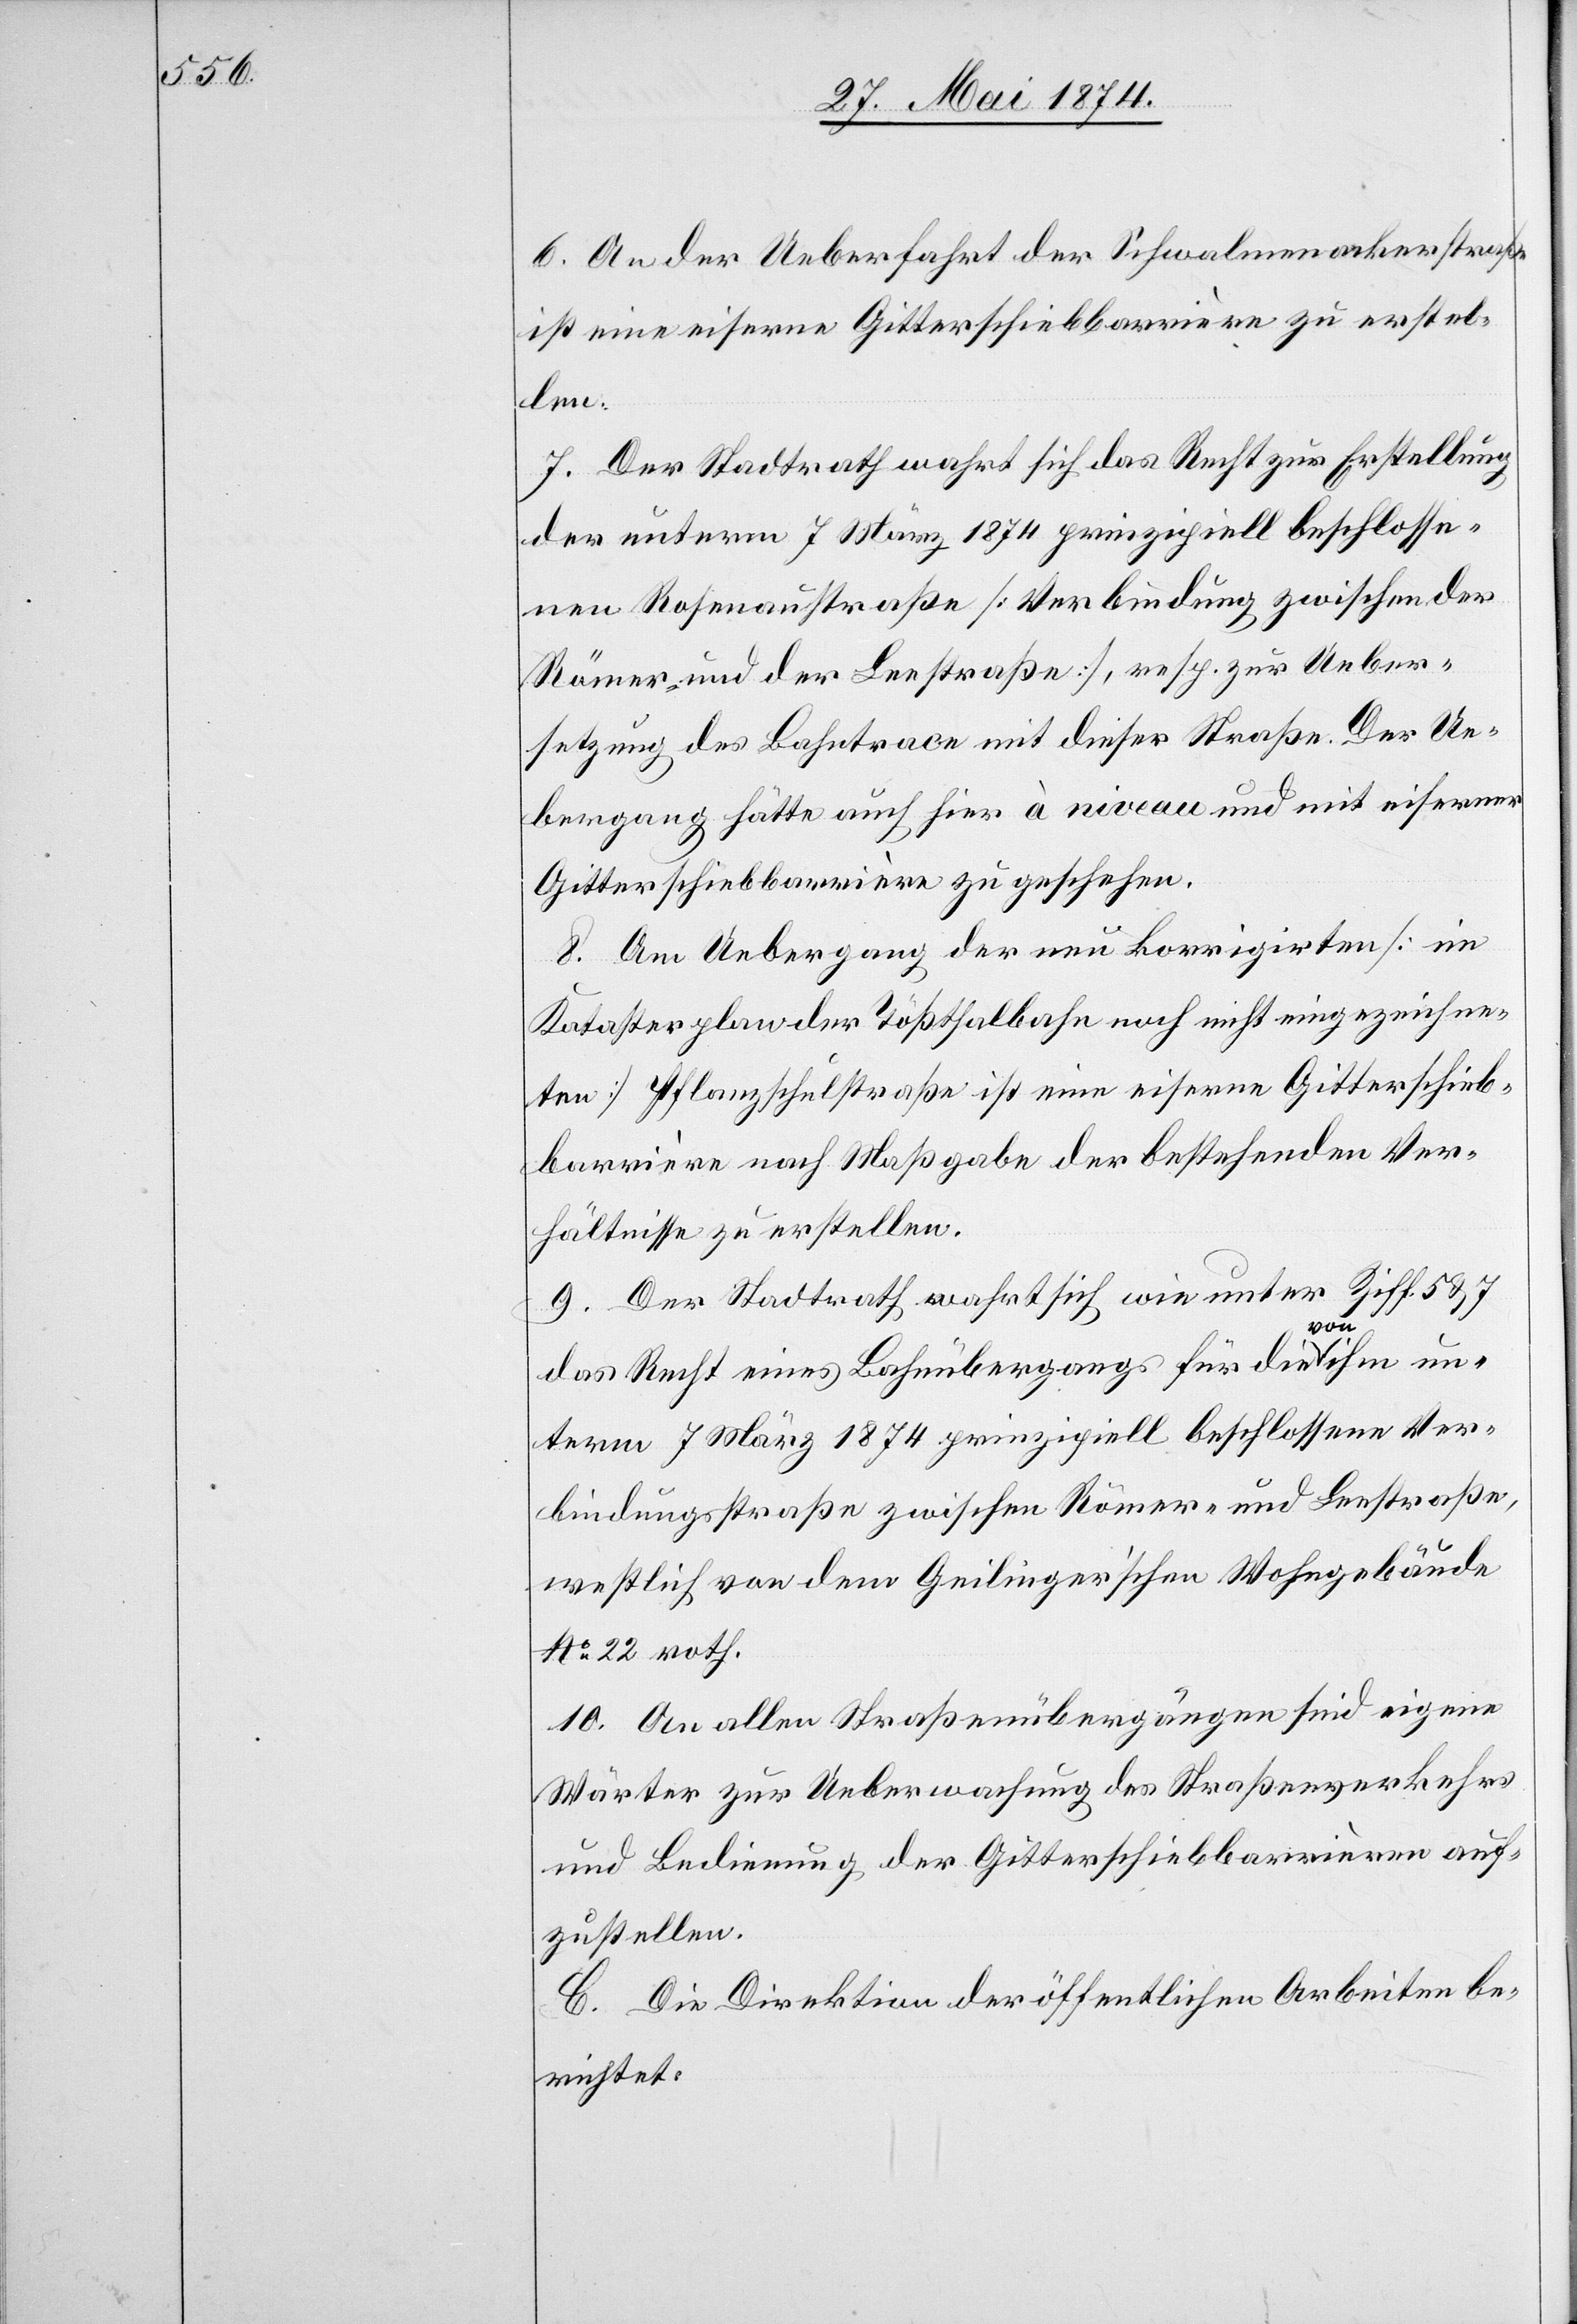
6. An der Ueberfahrt der Schwalmenackerstraße
ist eine eiserne Gitterschiebbarrière zu erstel¬
len.
7. Der Stadtrath wahrt sich das Recht zur Erstellung
der unterm 7. März 1874 prinzipiell beschlosse¬
nen Rosenaustraße [Verbindung zwischen der
Römer- und der Seestraße], resp. zur Ueber¬
setzung des Bahntrace mit dieser Straße. Der Ue¬
bergang hätte auch hier à niveau und mit eiserner
Gitterschiebbarrière zu geschehen.
8. Am Uebergang der neu korrigirten [im
Katasterplan der Tößthalbahn noch nicht eingezeichne¬
ten] Pflanzschulstraße ist eine eiserne Gitterschieb¬
barrière nach Maßgabe der bestehenden Ver¬
hältnisse zu erstellen.
9. Der Stadtrath wahrt sich wie unter Ziff. 5 u. 7
das Recht eines Bahnübergangs für die von ihm un¬
term 7. März 1874 prinzipiell beschlossene Ver¬
bindungsstraße zwischen Römer- und Seestraße,
westlich von dem Geilinger’schen Wohngebäude
No 22 roth.
10. An allen Straßenübergängen sind eigene
Wärter zur Ueberwachung des Straßenverkehrs
und Bedingung der Gitterschiebbarrièren auf¬
zustellen.
C. Die Direktion der öffentlichen Arbeiten be¬
richtet.